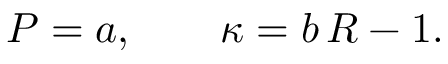
P = a , \qquad \kappa = b \, R - 1 .